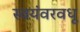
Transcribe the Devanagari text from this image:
स्वयंवरवधू